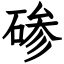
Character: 碜